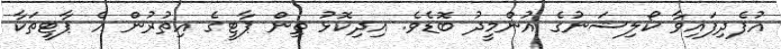
އުފެދިފައިވާ ކޯލިޝަނުގެ އުންމީދު ބޮޑެވެ. އިދިކޮޅުު ތިން ޕާޓީގެ އިތުރުން އެ ޕާޓީތަކާ